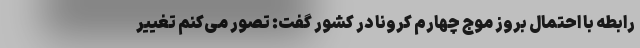
رابطه با احتمال بروز موج چهارم کرونا در کشور گفت: تصور می‌کنم تغییر